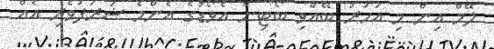
ލޭމް އިން މި އަހަރު ބޭއްވި ބޯޓިން އެވޯޑުގެ އެންމެ ޝަރަފުވެރި އެއް